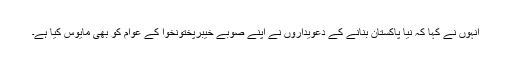
انہوں نے کہا کہ نیا پاکستان بنانے کے دعویداروں نے اپنے صوبے خیبرپختونخوا کے عوام کو بھی مایوس کیا ہے۔